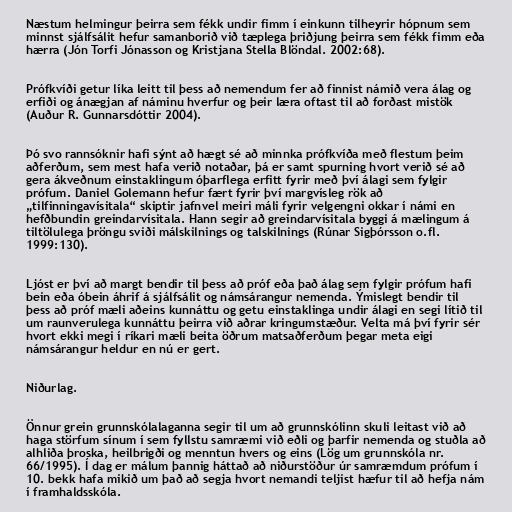
Næstum helmingur þeirra sem fékk undir fimm í einkunn tilheyrir hópnum sem
minnst sjálfsálit hefur samanborið við tæplega þriðjung þeirra sem fékk fimm eða
hærra (Jón Torfi Jónasson og Kristjana Stella Blöndal. 2002:68).

Prófkvíði getur líka leitt til þess að nemendum fer að finnist námið vera álag og
erfiði og ánægjan af náminu hverfur og þeir læra oftast til að forðast mistök
(Auður R. Gunnarsdóttir 2004).

Þó svo rannsóknir hafi sýnt að hægt sé að minnka prófkvíða með flestum þeim
aðferðum, sem mest hafa verið notaðar, þá er samt spurning hvort verið sé að
gera ákveðnum einstaklingum óþarflega erfitt fyrir með því álagi sem fylgir
prófum. Daniel Golemann hefur fært fyrir því margvísleg rök að
„tilfinningavísitala“ skiptir jafnvel meiri máli fyrir velgengni okkar í námi en
hefðbundin greindarvísitala. Hann segir að greindarvísitala byggi á mælingum á
tiltölulega þröngu sviði málskilnings og talskilnings (Rúnar Sigþórsson o.fl.
1999:130).

Ljóst er því að margt bendir til þess að próf eða það álag sem fylgir prófum hafi
bein eða óbein áhrif á sjálfsálit og námsárangur nemenda. Ýmislegt bendir til
þess að próf mæli aðeins kunnáttu og getu einstaklinga undir álagi en segi lítið til
um raunverulega kunnáttu þeirra við aðrar kringumstæður. Velta má því fyrir sér
hvort ekki megi í ríkari mæli beita öðrum matsaðferðum þegar meta eigi
námsárangur heldur en nú er gert.

Niðurlag.

Önnur grein grunnskólalaganna segir til um að grunnskólinn skuli leitast við að
haga störfum sínum í sem fyllstu samræmi við eðli og þarfir nemenda og stuðla að
alhliða þroska, heilbrigði og menntun hvers og eins (Lög um grunnskóla nr.
66/1995). Í dag er málum þannig háttað að niðurstöður úr samræmdum prófum í
10. bekk hafa mikið um það að segja hvort nemandi teljist hæfur til að hefja nám
í framhaldsskóla.